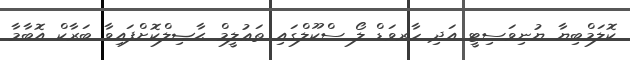
ކޮލަމްބިޔާ ޔުނިވަސިޓީ އަދި ހާރވަޑް ލޯ ސްކޫލްގައި ތަޢުލީމް ޙާޞިލްކޮށްފައިވާ ބަރާކް އޮބާމާ